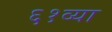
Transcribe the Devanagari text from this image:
६१व्या